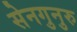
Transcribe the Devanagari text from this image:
सेनगुनुरु